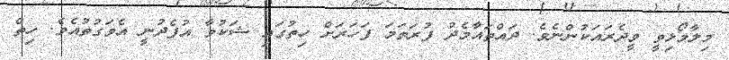
މިލާމޯޅިވީ ވީދެރައަކުންނެވެ. ދައްތައާމެދު ފުރަތަމަ ފަހަރަށް ހިތުގައި ޝަކުވާ އުފެދުނީ އެވަގުތުއެވެ. ހިތް